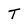
Character: T